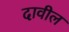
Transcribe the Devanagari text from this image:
दावील